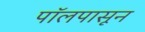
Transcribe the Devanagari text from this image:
पॉलपासून